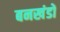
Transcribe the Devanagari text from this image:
बनखंडों